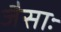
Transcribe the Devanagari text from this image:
जैसाः